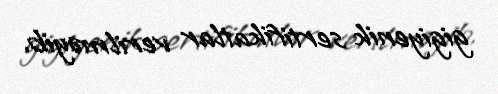
gigiyenik sertifikatlar verilməyib.